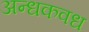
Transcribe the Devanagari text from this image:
अन्धकवध